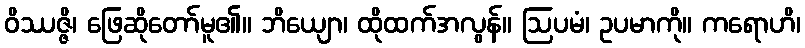
ဝိဿဇ္ဇိ၊ ဖြေဆိုတော်မူ၏။ ဘိယျော၊ ထိုထက်အလွန်။ ဩပမံ၊ ဥပမာကို။ ကရောဟိ၊